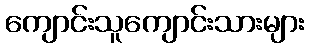
ကျောင်းသူကျောင်းသားများ